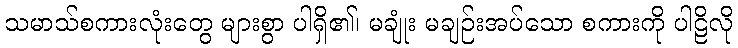
သမာသ်စကားလုံးတွေ များစွာ ပါရှိ၏၊ မချုံး မချဉ်းအပ်သော စကားကို ပါဠိလို